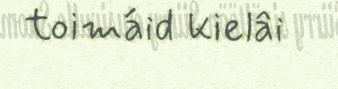
toimáid kielâi